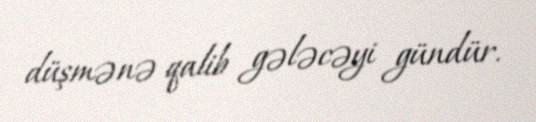
düşmənə qalib gələcəyi gündür.